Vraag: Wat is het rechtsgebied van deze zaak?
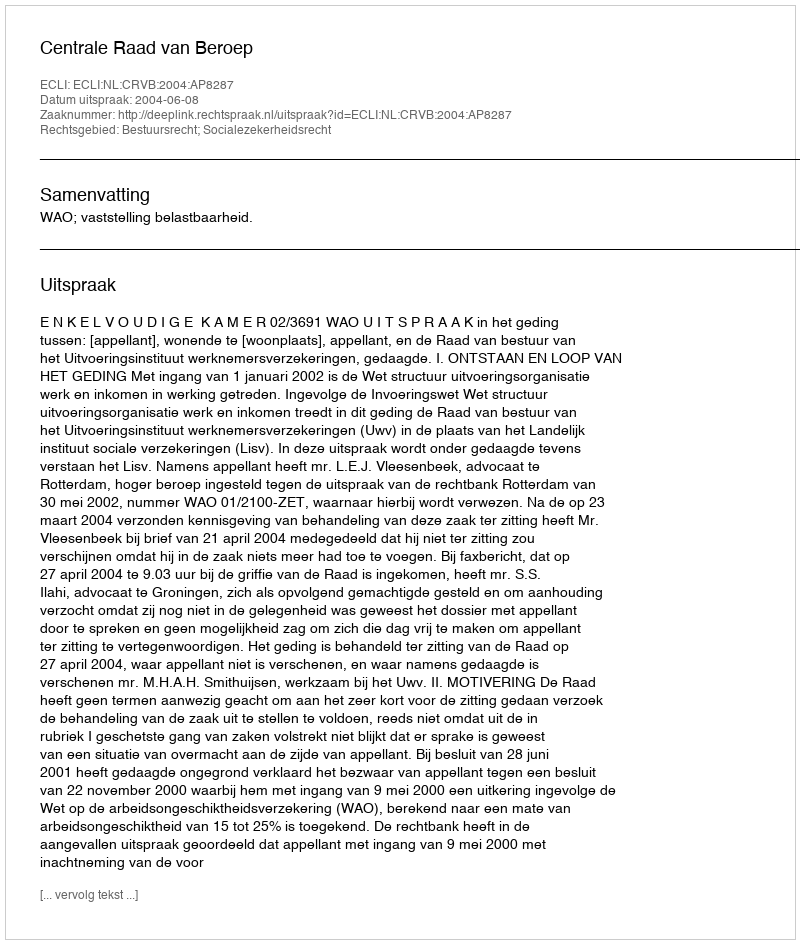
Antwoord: Bestuursrecht; Socialezekerheidsrecht